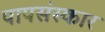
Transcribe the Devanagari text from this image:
पापसंस्कार